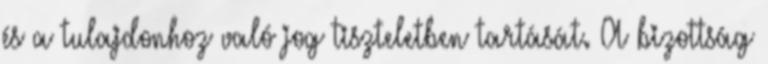
és a tulajdonhoz való jog tiszteletben tartását. A bizottság